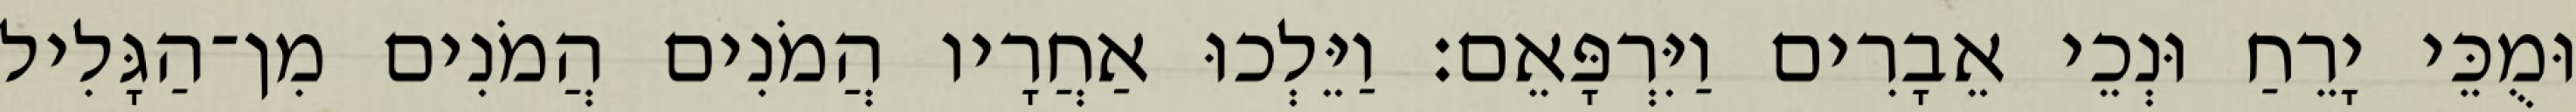
וּמֻכֵּי יָרֵחַ וּנְכֵי אֵבָרִים וַיִּרְפָּאֵם׃ וַיֵּלְכוּ אַחֲרָיו הֲמֹנִים הֲמֹנִים מִן־הַגָּלִיל